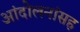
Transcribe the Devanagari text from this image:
आंदोलनांसह